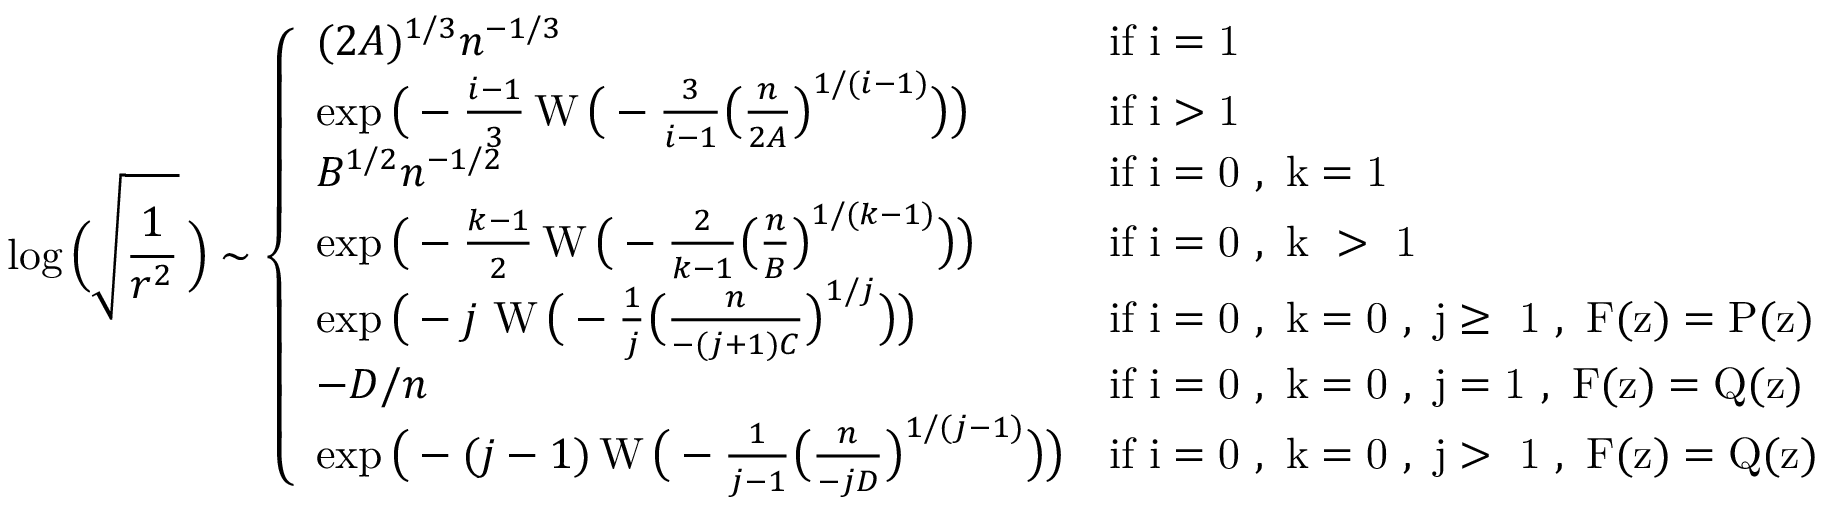
\log \Big ( \sqrt { \frac { 1 } { r ^ { 2 } } } \! \ \Big ) \sim \left\{ \begin{array} { l l } { ( 2 A ) ^ { 1 / 3 } n ^ { - 1 / 3 } } & { \mathrm { i f ~ i = 1 ~ } } \\ { \exp \big ( - \frac { i - 1 } { 3 } \operatorname { W } \big ( - \frac { 3 } { i - 1 } \big ( \frac { n } { 2 A } \big ) ^ { 1 / ( i - 1 ) } \big ) \big ) } & { \mathrm { i f ~ i > 1 ~ } } \\ { B ^ { 1 / 2 } n ^ { - 1 / 2 } } & { \mathrm { i f ~ i = 0 ~ , ~ k = 1 ~ } } \\ { \exp \big ( - \frac { k - 1 } { 2 } \operatorname { W } \big ( - \frac { 2 } { k - 1 } \big ( \frac { n } { B } \big ) ^ { 1 / ( k - 1 ) } \big ) \big ) } & { \mathrm { i f ~ i = 0 ~ , ~ k ~ > ~ 1 ~ } } \\ { \exp \big ( - j \! \ \operatorname { W } \big ( - \frac { 1 } { j } \big ( \frac { n } { - ( j + 1 ) C } \big ) ^ { 1 / j } \big ) \big ) } & { \mathrm { i f ~ i = 0 ~ , ~ k = 0 ~ , ~ j \geq ~ 1 ~ , ~ F ( z ) = P ( z ) ~ } } \\ { - D / n } & { \mathrm { i f ~ i = 0 ~ , ~ k = 0 ~ , ~ j = 1 ~ , ~ F ( z ) = Q ( z ) ~ } } \\ { \exp \big ( - ( j - 1 ) \operatorname { W } \big ( - \frac { 1 } { j - 1 } \big ( \frac { n } { - j D } \big ) ^ { 1 / ( j - 1 ) } \big ) \big ) } & { \mathrm { i f ~ i = 0 ~ , ~ k = 0 ~ , ~ j > ~ 1 ~ , ~ F ( z ) = Q ( z ) ~ } } \end{array} \right.